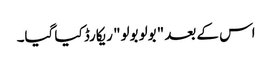
اس کے بعد "بولو بولو" ریکارڈ کیا گیا۔